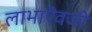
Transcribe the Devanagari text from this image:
लाभाऎवजी